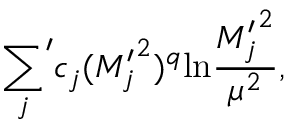
{ \sum _ { j } } ^ { \prime } c _ { j } ( { M _ { j } ^ { \prime } } ^ { 2 } ) ^ { q } \mathrm { l n } { \frac { { M _ { j } ^ { \prime } } ^ { 2 } } { \mu ^ { 2 } } } ,